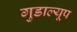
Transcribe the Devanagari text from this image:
गुडाल्यूप